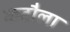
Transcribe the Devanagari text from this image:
कटौला